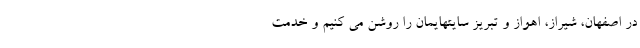
در اصفهان، شیراز، اهواز و تبریز سایتهایمان را روشن می کنیم و خدمت